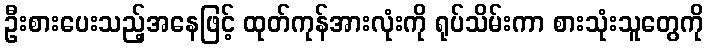
ဦးစားပေးသည့်အနေဖြင့် ထုတ်ကုန်အားလုံးကို ရုပ်သိမ်းကာ စားသုံးသူတွေကို